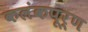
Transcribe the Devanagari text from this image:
कलंकपूर्ण